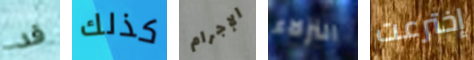
قد كذلك الإجرام النزلاء إخترعت